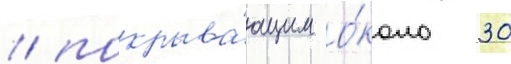
/ покрыва́ющим о́коло 30